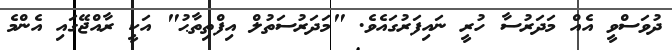
ދުވަސްވީ އެއް މަދަރުސާ ހުރީ ނައިފަރުގައެވެ. "މަދަރުސަތުލް އިފްތިތާޙު" އަކީ ރާއްޖޭގައި އެންމެ